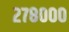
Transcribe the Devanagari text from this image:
२७८०००